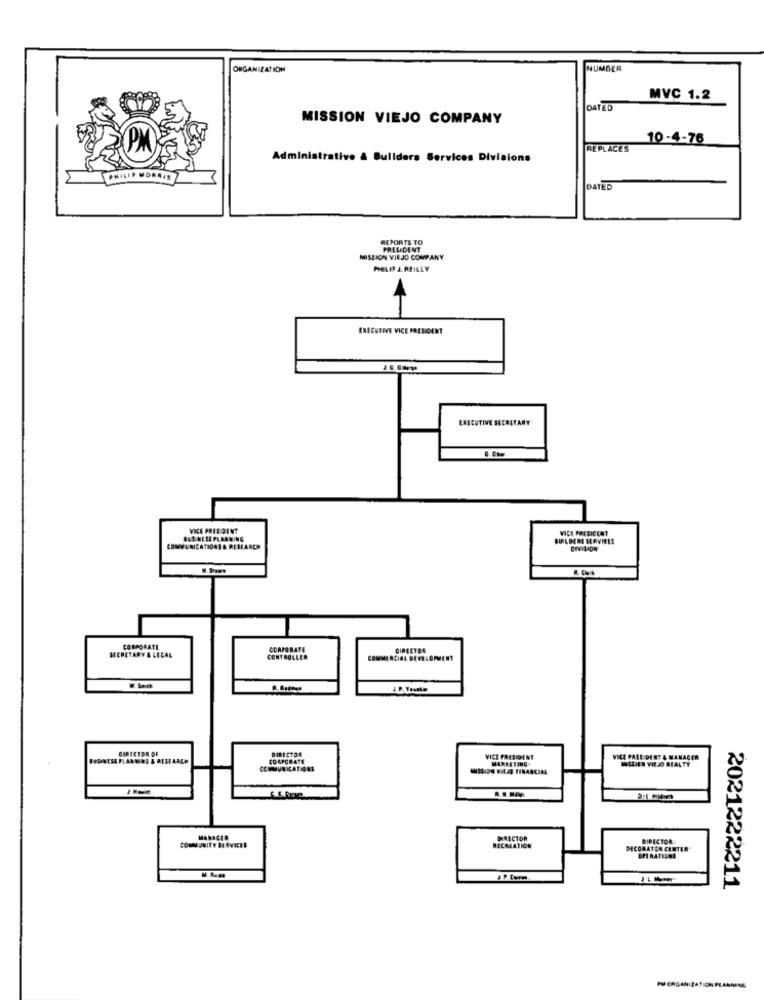
ORGANIZATION
NUMBER
MVC 1.2
DATED
MISSION VIEJO COMPANY
10-4-76
REPLACES
Administrative & Bullders Services Divisions
PHILIP MORRIS
DATED
REPORTS TO
PRESIDENT
MISSION VIEJO COMPANY
PHILIP A. REILLY
EXECUTIVE VICE PRESIDENT
EXECUTIVE SECRETARY'
VICE PRESIDENT
VICE PRESIDENT
BUS NESE PLANNING
BUILDERS SERVICES
COMMUNICATION1& RESEARCH
CORPORATE
CORPORATE
DIRECTDA
SECRETARY & LEGAL
CONTROLLER
CIRECTOR OF
DIRECTOR
BUSINESS PLANNING & RESEARCH
CORPORATE
VICE PRESIDENT
MARKETING+
VICE PRESIDENT & MANAGER
WIFIEN WEJD REALTY
COMMUNICATIONS
-SDN WIEJ FINANCIAL
MANAGER
DIRECTOR
DIRECTOR:
COMMUNITY SERVICES
RECREATION
DECONATEN CENTER'
OPERATIONS
2021222211